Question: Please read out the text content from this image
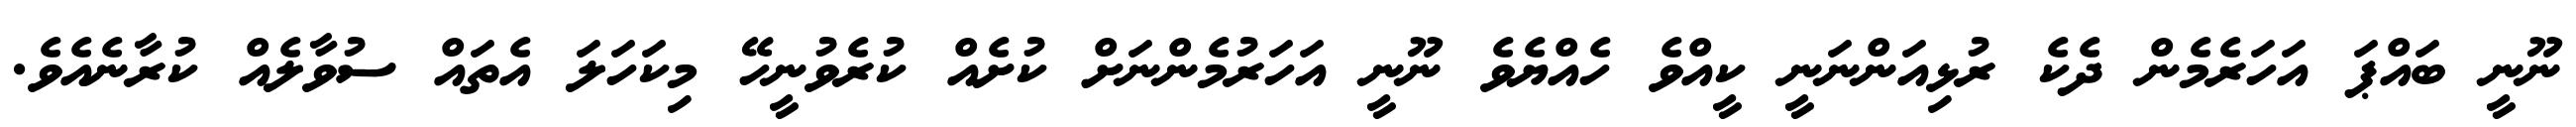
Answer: ނޫނީ ބައްޕަ އަހަރެމެން ދެކެ ރުޅިއަންނަނީ ކީއްވެ ހެއްޔެވެ ނޫނީ އަހަރުމެންނަށް ކުށެއް ކުރެވުނީހޭ މިކަހަލަ އެތައް ސުވާލެއް ކުރާނެއެވެ.